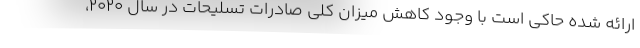
ارائه شده حاکی است با وجود کاهش میزان کلی صادرات تسلیحات در سال ۲۰۲۰،